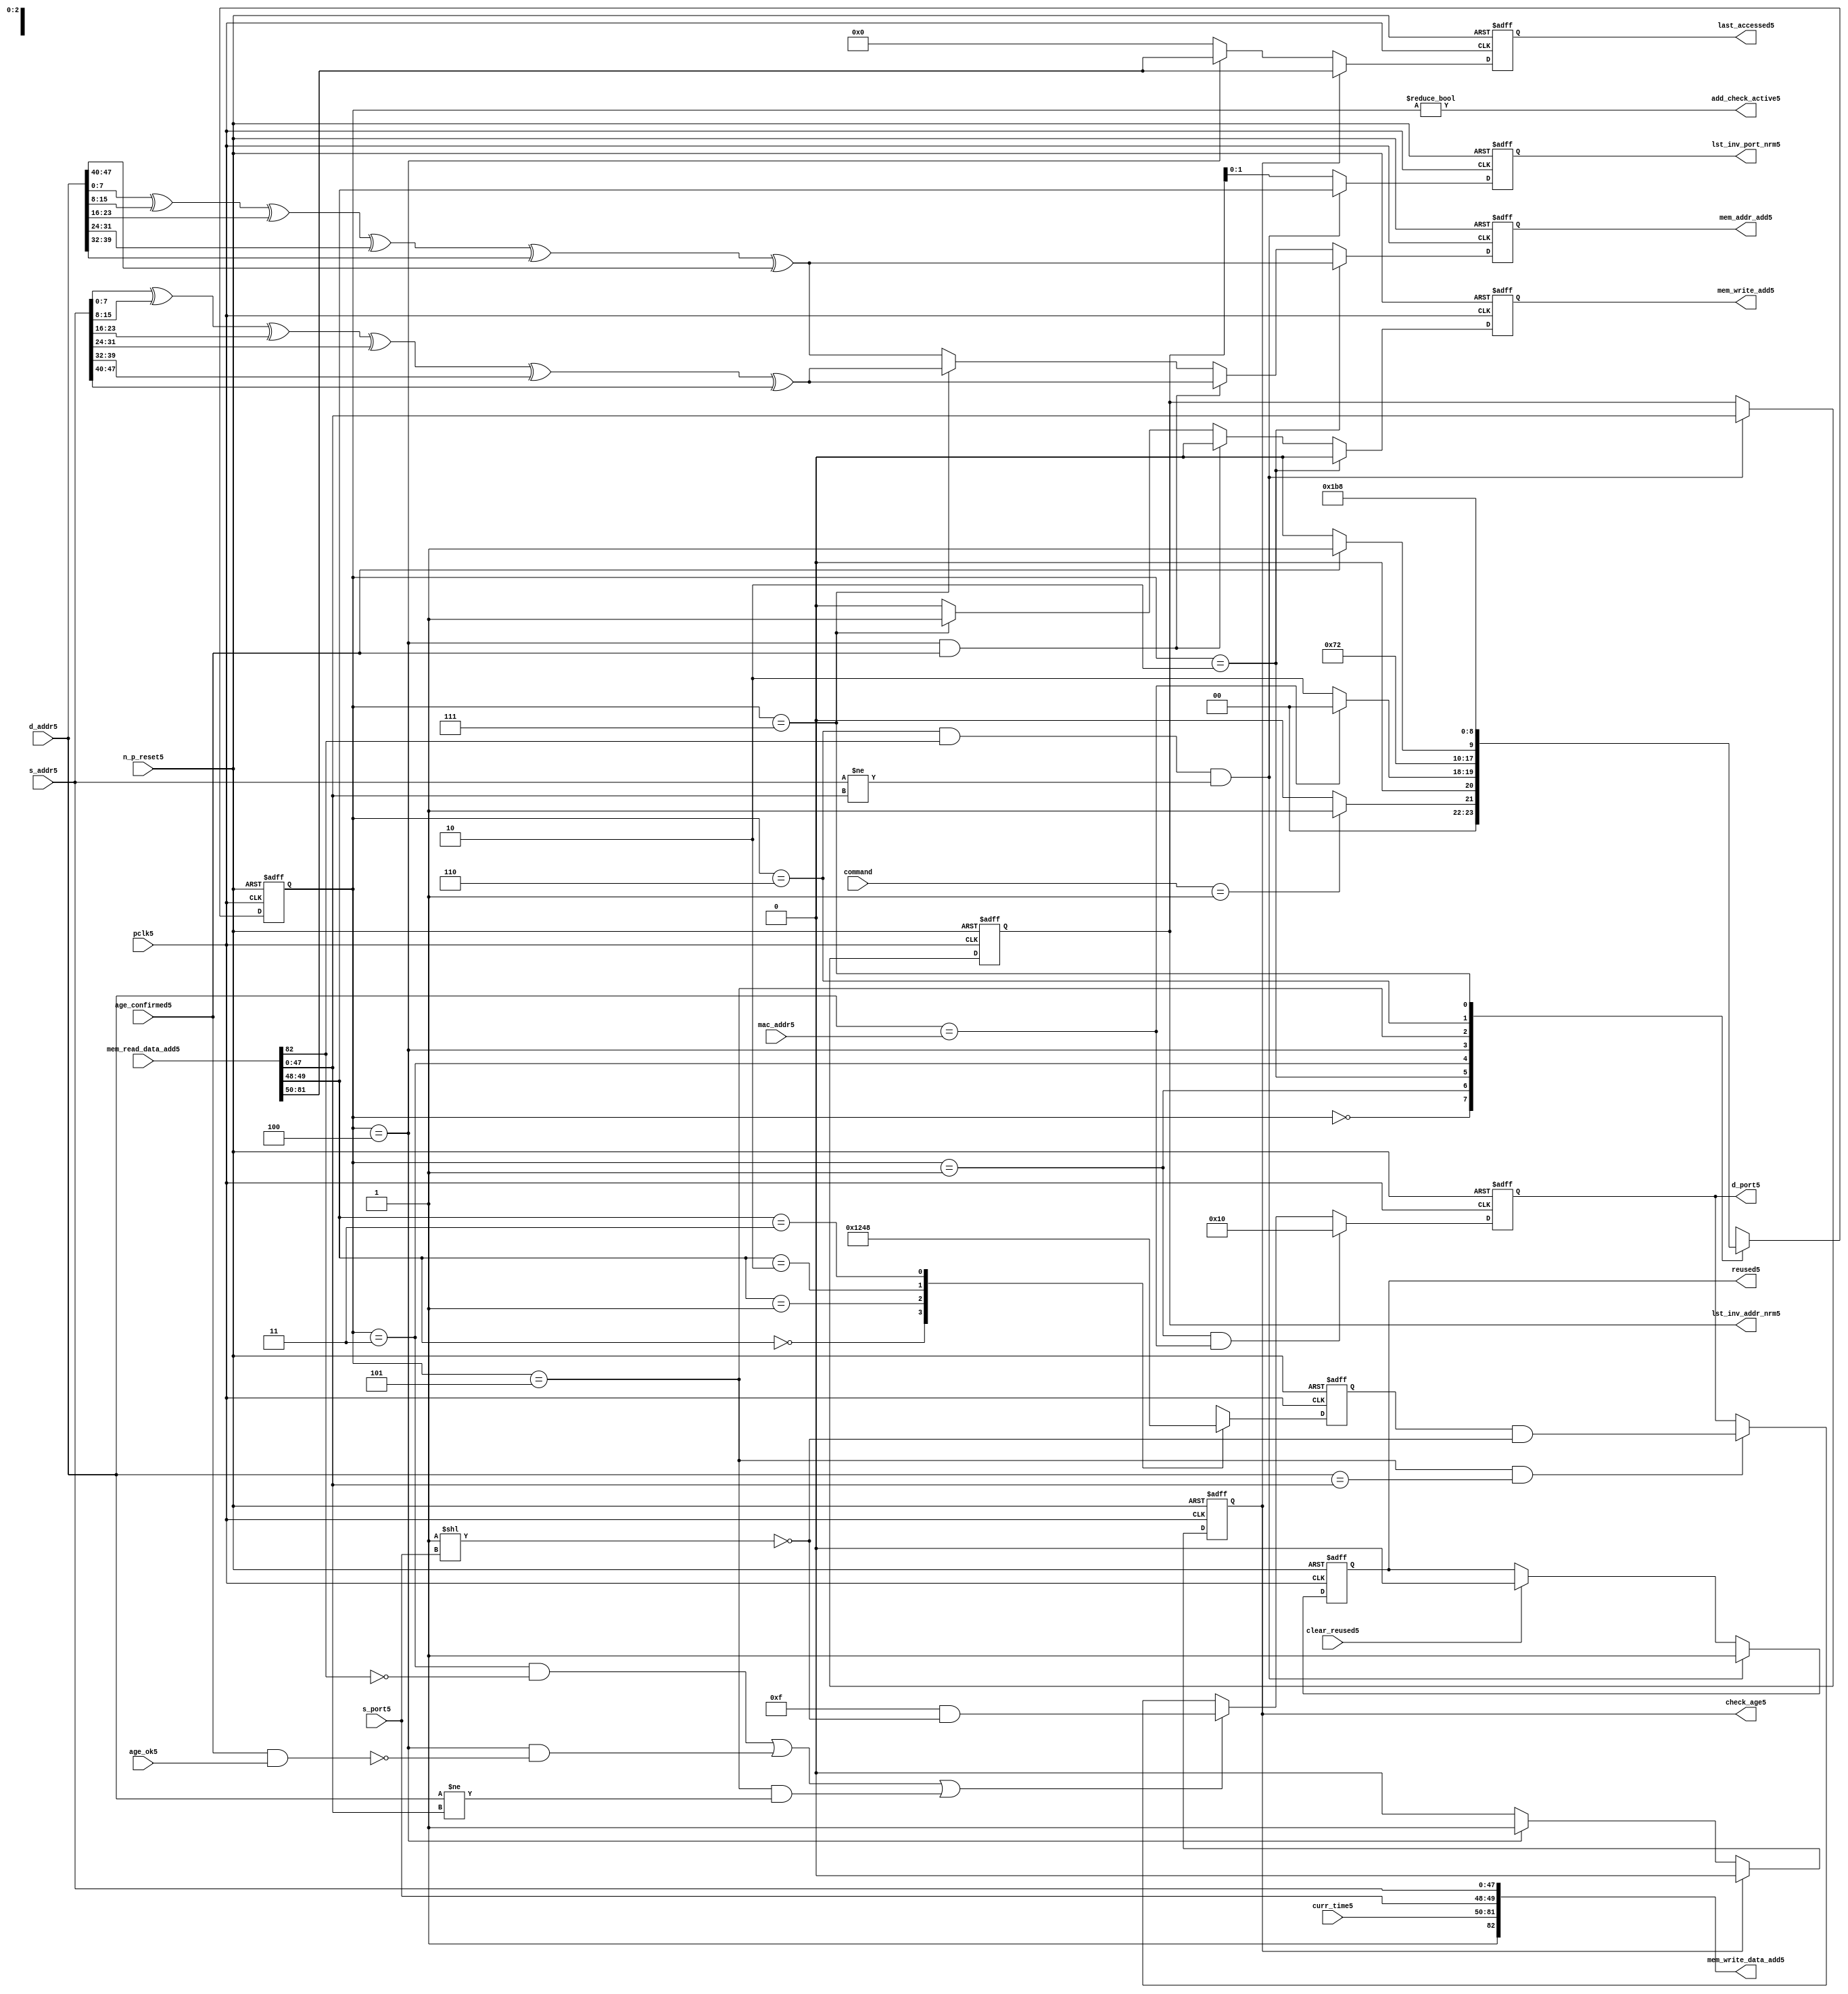
module alut_addr_checker5
(   
   // Inputs5
   pclk5,
   n_p_reset5,
   command,
   mac_addr5,
   d_addr5,
   s_addr5,
   s_port5,
   curr_time5,
   mem_read_data_add5,
   age_confirmed5,
   age_ok5,
   clear_reused5,

   //outputs5
   d_port5,
   add_check_active5,
   mem_addr_add5,
   mem_write_add5,
   mem_write_data_add5,
   lst_inv_addr_nrm5,
   lst_inv_port_nrm5,
   check_age5,
   last_accessed5,
   reused5
);



   input               pclk5;               // APB5 clock5                           
   input               n_p_reset5;          // Reset5                               
   input [1:0]         command;            // command bus                        
   input [47:0]        mac_addr5;           // address of the switch5              
   input [47:0]        d_addr5;             // address of frame5 to be checked5     
   input [47:0]        s_addr5;             // address of frame5 to be stored5      
   input [1:0]         s_port5;             // source5 port of current frame5       
   input [31:0]        curr_time5;          // current time,for storing5 in mem    
   input [82:0]        mem_read_data_add5;  // read data from mem                 
   input               age_confirmed5;      // valid flag5 from age5 checker        
   input               age_ok5;             // result from age5 checker 
   input               clear_reused5;       // read/clear flag5 for reused5 signal5           

   output [4:0]        d_port5;             // calculated5 destination5 port for tx5 
   output              add_check_active5;   // bit 0 of status register           
   output [7:0]        mem_addr_add5;       // hash5 address for R/W5 to memory     
   output              mem_write_add5;      // R/W5 flag5 (write = high5)            
   output [82:0]       mem_write_data_add5; // write data for memory             
   output [47:0]       lst_inv_addr_nrm5;   // last invalidated5 addr normal5 op    
   output [1:0]        lst_inv_port_nrm5;   // last invalidated5 port normal5 op    
   output              check_age5;          // request flag5 for age5 check
   output [31:0]       last_accessed5;      // time field sent5 for age5 check
   output              reused5;             // indicates5 ALUT5 location5 overwritten5

   reg   [2:0]         add_chk_state5;      // current address checker state
   reg   [2:0]         nxt_add_chk_state5;  // current address checker state
   reg   [4:0]         d_port5;             // calculated5 destination5 port for tx5 
   reg   [3:0]         port_mem5;           // bitwise5 conversion5 of 2bit port
   reg   [7:0]         mem_addr_add5;       // hash5 address for R/W5 to memory
   reg                 mem_write_add5;      // R/W5 flag5 (write = high5)            
   reg                 reused5;             // indicates5 ALUT5 location5 overwritten5
   reg   [47:0]        lst_inv_addr_nrm5;   // last invalidated5 addr normal5 op    
   reg   [1:0]         lst_inv_port_nrm5;   // last invalidated5 port normal5 op    
   reg                 check_age5;          // request flag5 for age5 checker
   reg   [31:0]        last_accessed5;      // time field sent5 for age5 check


   wire   [7:0]        s_addr_hash5;        // hash5 of address for storing5
   wire   [7:0]        d_addr_hash5;        // hash5 of address for checking
   wire   [82:0]       mem_write_data_add5; // write data for memory  
   wire                add_check_active5;   // bit 0 of status register           


// Parameters5 for Address Checking5 FSM5 states5
   parameter idle5           = 3'b000;
   parameter mac_addr_chk5   = 3'b001;
   parameter read_dest_add5  = 3'b010;
   parameter valid_chk5      = 3'b011;
   parameter age_chk5        = 3'b100;
   parameter addr_chk5       = 3'b101;
   parameter read_src_add5   = 3'b110;
   parameter write_src5      = 3'b111;


// -----------------------------------------------------------------------------
//   Hash5 conversion5 of source5 and destination5 addresses5
// -----------------------------------------------------------------------------
   assign s_addr_hash5 = s_addr5[7:0] ^ s_addr5[15:8] ^ s_addr5[23:16] ^
                        s_addr5[31:24] ^ s_addr5[39:32] ^ s_addr5[47:40];

   assign d_addr_hash5 = d_addr5[7:0] ^ d_addr5[15:8] ^ d_addr5[23:16] ^
                        d_addr5[31:24] ^ d_addr5[39:32] ^ d_addr5[47:40];



// -----------------------------------------------------------------------------
//   State5 Machine5 For5 handling5 the destination5 address checking process and
//   and storing5 of new source5 address and port values.
// -----------------------------------------------------------------------------
always @ (command or add_chk_state5 or age_confirmed5 or age_ok5)
   begin
      case (add_chk_state5)
      
      idle5:
         if (command == 2'b01)
            nxt_add_chk_state5 = mac_addr_chk5;
         else
            nxt_add_chk_state5 = idle5;

      mac_addr_chk5:   // check if destination5 address match MAC5 switch5 address
         if (d_addr5 == mac_addr5)
            nxt_add_chk_state5 = idle5;  // return dest5 port as 5'b1_0000
         else
            nxt_add_chk_state5 = read_dest_add5;

      read_dest_add5:       // read data from memory using hash5 of destination5 address
            nxt_add_chk_state5 = valid_chk5;

      valid_chk5:      // check if read data had5 valid bit set
         nxt_add_chk_state5 = age_chk5;

      age_chk5:        // request age5 checker to check if still in date5
         if (age_confirmed5)
            nxt_add_chk_state5 = addr_chk5;
         else
            nxt_add_chk_state5 = age_chk5; 

      addr_chk5:       // perform5 compare between dest5 and read addresses5
            nxt_add_chk_state5 = read_src_add5; // return read port from ALUT5 mem

      read_src_add5:   // read from memory location5 about5 to be overwritten5
            nxt_add_chk_state5 = write_src5; 

      write_src5:      // write new source5 data (addr and port) to memory
            nxt_add_chk_state5 = idle5; 

      default:
            nxt_add_chk_state5 = idle5;
      endcase
   end


// destination5 check FSM5 current state
always @ (posedge pclk5 or negedge n_p_reset5)
   begin
   if (~n_p_reset5)
      add_chk_state5 <= idle5;
   else
      add_chk_state5 <= nxt_add_chk_state5;
   end



// -----------------------------------------------------------------------------
//   Generate5 returned value of port for sending5 new frame5 to
// -----------------------------------------------------------------------------
always @ (posedge pclk5 or negedge n_p_reset5)
   begin
   if (~n_p_reset5)
      d_port5 <= 5'b0_1111;
   else if ((add_chk_state5 == mac_addr_chk5) & (d_addr5 == mac_addr5))
      d_port5 <= 5'b1_0000;
   else if (((add_chk_state5 == valid_chk5) & ~mem_read_data_add5[82]) |
            ((add_chk_state5 == age_chk5) & ~(age_confirmed5 & age_ok5)) |
            ((add_chk_state5 == addr_chk5) & (d_addr5 != mem_read_data_add5[47:0])))
      d_port5 <= 5'b0_1111 & ~( 1 << s_port5 );
   else if ((add_chk_state5 == addr_chk5) & (d_addr5 == mem_read_data_add5[47:0]))
      d_port5 <= {1'b0, port_mem5} & ~( 1 << s_port5 );
   else
      d_port5 <= d_port5;
   end


// -----------------------------------------------------------------------------
//   convert read port source5 value from 2bits to bitwise5 4 bits
// -----------------------------------------------------------------------------
always @ (posedge pclk5 or negedge n_p_reset5)
   begin
   if (~n_p_reset5)
      port_mem5 <= 4'b1111;
   else begin
      case (mem_read_data_add5[49:48])
         2'b00: port_mem5 <= 4'b0001;
         2'b01: port_mem5 <= 4'b0010;
         2'b10: port_mem5 <= 4'b0100;
         2'b11: port_mem5 <= 4'b1000;
      endcase
   end
   end
   


// -----------------------------------------------------------------------------
//   Set active bit of status, decoded5 off5 add_chk_state5
// -----------------------------------------------------------------------------
assign add_check_active5 = (add_chk_state5 != 3'b000);


// -----------------------------------------------------------------------------
//   Generate5 memory addressing5 signals5.
//   The check address command will be taken5 as the indication5 from SW5 that the 
//   source5 fields (address and port) can be written5 to memory. 
// -----------------------------------------------------------------------------
always @ (posedge pclk5 or negedge n_p_reset5)
   begin
   if (~n_p_reset5) 
   begin
       mem_write_add5 <= 1'b0;
       mem_addr_add5  <= 8'd0;
   end
   else if (add_chk_state5 == read_dest_add5)
   begin
       mem_write_add5 <= 1'b0;
       mem_addr_add5  <= d_addr_hash5;
   end
// Need5 to set address two5 cycles5 before check
   else if ( (add_chk_state5 == age_chk5) && age_confirmed5 )
   begin
       mem_write_add5 <= 1'b0;
       mem_addr_add5  <= s_addr_hash5;
   end
   else if (add_chk_state5 == write_src5)
   begin
       mem_write_add5 <= 1'b1;
       mem_addr_add5  <= s_addr_hash5;
   end
   else
   begin
       mem_write_add5 <= 1'b0;
       mem_addr_add5  <= d_addr_hash5;
   end
   end


// -----------------------------------------------------------------------------
//   Generate5 databus5 for writing to memory
//   Data written5 to memory from address checker will always be valid
// -----------------------------------------------------------------------------
assign mem_write_data_add5 = {1'b1, curr_time5, s_port5, s_addr5};



// -----------------------------------------------------------------------------
//   Evaluate5 read back data that is about5 to be overwritten5 with new source5 
//   address and port values. Decide5 whether5 the reused5 flag5 must be set and
//   last_inval5 address and port values updated.
//   reused5 needs5 to be implemented as read and clear
// -----------------------------------------------------------------------------
always @ (posedge pclk5 or negedge n_p_reset5)
   begin
   if (~n_p_reset5) 
   begin
      reused5 <= 1'b0;
      lst_inv_addr_nrm5 <= 48'd0;
      lst_inv_port_nrm5 <= 2'd0;
   end
   else if ((add_chk_state5 == read_src_add5) & mem_read_data_add5[82] &
            (s_addr5 != mem_read_data_add5[47:0]))
   begin
      reused5 <= 1'b1;
      lst_inv_addr_nrm5 <= mem_read_data_add5[47:0];
      lst_inv_port_nrm5 <= mem_read_data_add5[49:48];
   end
   else if (clear_reused5)
   begin
      reused5 <= 1'b0;
      lst_inv_addr_nrm5 <= lst_inv_addr_nrm5;
      lst_inv_port_nrm5 <= lst_inv_addr_nrm5;
   end
   else 
   begin
      reused5 <= reused5;
      lst_inv_addr_nrm5 <= lst_inv_addr_nrm5;
      lst_inv_port_nrm5 <= lst_inv_addr_nrm5;
   end
   end


// -----------------------------------------------------------------------------
//   Generate5 signals5 for age5 checker to perform5 in-date5 check
// -----------------------------------------------------------------------------
always @ (posedge pclk5 or negedge n_p_reset5)
   begin
   if (~n_p_reset5) 
   begin
      check_age5 <= 1'b0;  
      last_accessed5 <= 32'd0;
   end
   else if (check_age5)
   begin
      check_age5 <= 1'b0;  
      last_accessed5 <= mem_read_data_add5[81:50];
   end
   else if (add_chk_state5 == age_chk5)
   begin
      check_age5 <= 1'b1;  
      last_accessed5 <= mem_read_data_add5[81:50];
   end
   else 
   begin
      check_age5 <= 1'b0;  
      last_accessed5 <= 32'd0;
   end
   end


`ifdef ABV_ON5

// psl5 default clock5 = (posedge pclk5);

// ASSERTION5 CHECKS5
/* Commented5 out as also checking in toplevel5
// it should never be possible5 for the destination5 port to indicate5 the MAC5
// switch5 address and one of the other 4 Ethernets5
// psl5 assert_valid_dest_port5 : assert never (d_port5[4] & |{d_port5[3:0]});


// COVER5 SANITY5 CHECKS5
// check all values of destination5 port can be returned.
// psl5 cover_d_port_05 : cover { d_port5 == 5'b0_0001 };
// psl5 cover_d_port_15 : cover { d_port5 == 5'b0_0010 };
// psl5 cover_d_port_25 : cover { d_port5 == 5'b0_0100 };
// psl5 cover_d_port_35 : cover { d_port5 == 5'b0_1000 };
// psl5 cover_d_port_45 : cover { d_port5 == 5'b1_0000 };
// psl5 cover_d_port_all5 : cover { d_port5 == 5'b0_1111 };
*/
`endif


endmodule